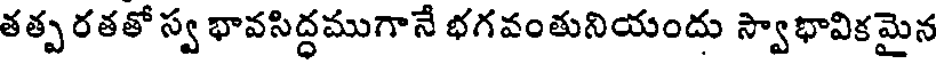
తత్ప రతతో స్వ భావసిద్ధముగానే భగవంతునియందు స్వాభావికమైన